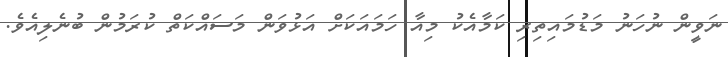
ނަވީން ނުހަނު މަޑުމައިތިރި ކަމާއެކު މިއާ ހަމައަކަށް އަޅުވަން މަސައްކަތް ކުރަމުން ބުނެލިއެވެ.